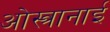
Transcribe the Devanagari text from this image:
ओस्त्रानाई